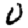
Digit: 0